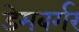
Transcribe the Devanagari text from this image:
डेमबर्गर